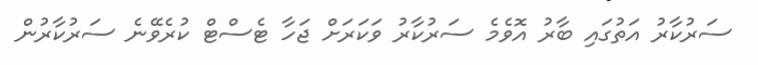
ސަރުކާރު އަތުގައި ބާރު އޮވެމެ ސަރުކާރު ވަކަރަށް ޖަހާ ޓެސްޓް ކުރެވޭނެ ސަރުކާރުން